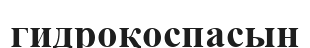
гидроқоспасын